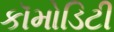
કૉમોડિટી